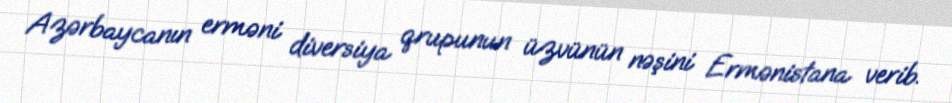
Azərbaycanın erməni diversiya qrupunun üzvünün nəşini Ermənistana verib.